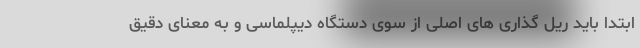
ابتدا باید ریل گذاری های اصلی از سوی دستگاه دیپلماسی و به معنای دقیق